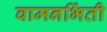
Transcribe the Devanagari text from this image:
वामनभिंती